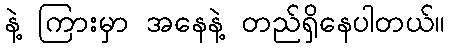
နဲ့ ကြားမှာ အနေနဲ့ တည်ရှိနေပါတယ်။